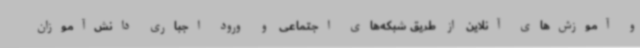
و آموزش‌های آنلاین از طریق شبکه‌های اجتماعی و ورود اجباری دانش‌آموزان